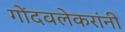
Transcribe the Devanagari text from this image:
गोंदवलेकरांनी